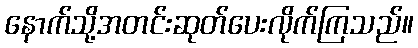
နောက်သို့အတင်းဆုတ်ပေးလိုက်ကြသည်။